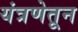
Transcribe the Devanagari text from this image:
यंत्रणेतून